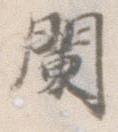
闌